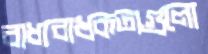
বাধ্যবাধকতাগুলো